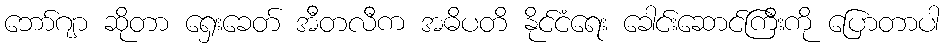
ဘော်ဂျာ ဆိုတာ ရှေးခေတ် အီတလီက အဓိပတိ နိုင်ငံရေး ခေါင်းဆောင်ကြီးကို ပြောတာပါ